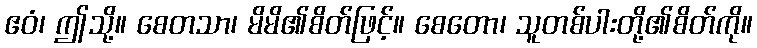
ဧဝံ၊ ဤသို့။ စေတသာ၊ မိမိ၏စိတ်ဖြင့်။ စေတော၊ သူတစ်ပါးတို့၏စိတ်ကို။